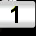
Digit: 1